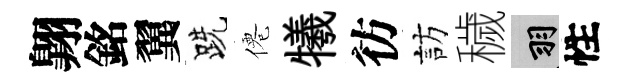
翺銘翼跣僊犧彷訪穢羽性